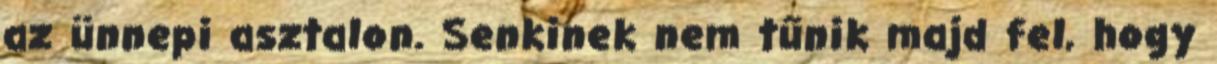
az ünnepi asztalon. Senkinek nem tűnik majd fel, hogy